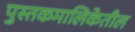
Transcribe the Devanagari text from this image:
पुस्तकमालिकेतील